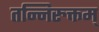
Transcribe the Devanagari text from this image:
तन्निरुक्तम्